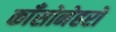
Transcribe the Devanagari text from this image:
काँसोनेहरो